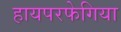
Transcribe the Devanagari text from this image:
हायपरफेगिया